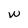
Character: w